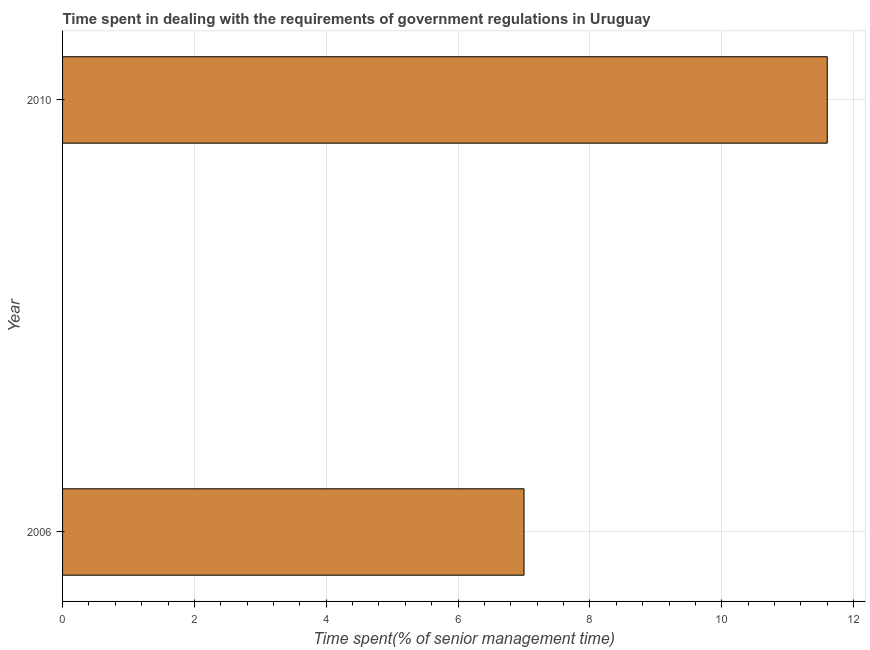
| Year | Government regulations |
 | --- | --- |
 | 2006 | 7 |
 | 2010 | 11.6 |